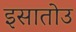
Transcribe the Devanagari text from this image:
इसातोउ